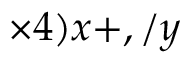
\times 4 ) x + , / y